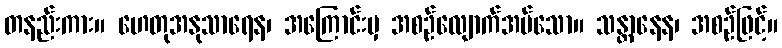
တနည်းကား။ ဟေတုအနုသာရေန၊ အကြောင်းမှ အစဉ်လျောက်အပ်သော။ သန္တာနေန၊ အစဉ်ဖြင့်။